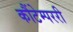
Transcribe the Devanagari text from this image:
कौंटेम्पररी